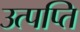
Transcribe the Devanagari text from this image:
उत्पप्ति